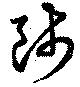
師